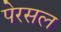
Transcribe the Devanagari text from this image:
पेरसल